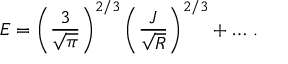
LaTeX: E = \left( \frac { 3 } { \sqrt { \pi } } \right) ^ { 2 / 3 } \left( \frac { J } { \sqrt { R } } \right) ^ { 2 / 3 } + \ldots \, .